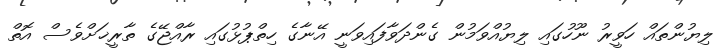
ލިޔުންތައް ހަވީރު ނޫހުގައި ލިޔުއްވަމުން ގެންދަވާފައިވަނީ އޭނާގެ ހިތްޕުޅުގައި ރާއްޖޭގެ ތާރީޚަށްވެސް އޮތް